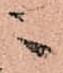
ニ